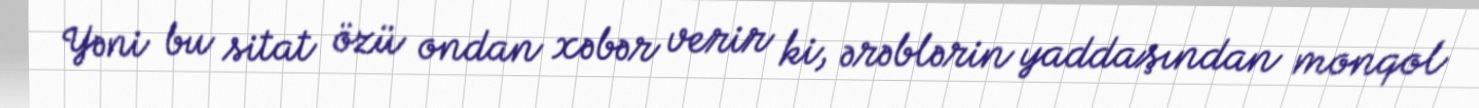
Yəni bu sitat özü ondan xəbər verir ki, ərəblərin yaddaşından monqol